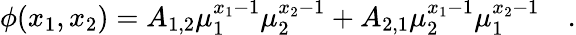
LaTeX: \phi(x_{1},x_{2})=A_{1,2}\mu_{1}^{x_{1}-1}\mu_{2}^{x_{2}-1}+A_{2,1}\mu_{2}^{x_{1}-1}\mu_{1}^{x_{2}-1}\quad.